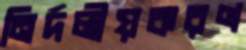
নির্দলীয়করণ